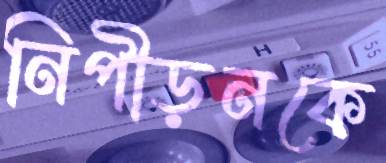
নিপীড়নকে